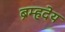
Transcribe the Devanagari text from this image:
ब्रम्हदेय